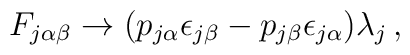
F_{j\alpha\beta}\rightarrow(p_{j\alpha}\epsilon_{j\beta}-p_{j\beta}\epsilon_{j\alpha})\lambda_{j}\, ,